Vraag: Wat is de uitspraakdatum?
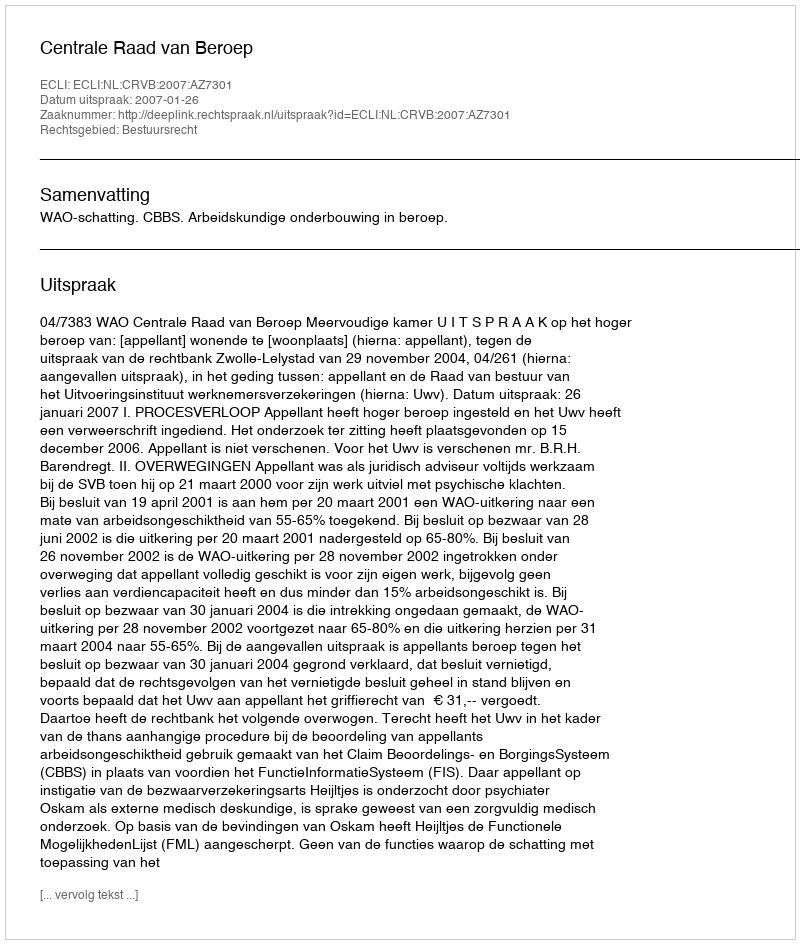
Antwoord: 2007-01-26